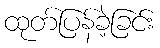
ထုတ်ပြန်ခဲ့ခြင်း